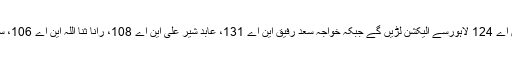
تفصیلات کے مطابق مسلم لیگ ن کی جانب سے حمزہ شہباز کو ٹکٹ جاری کردیا گیا ہے اور وہ این اے 124 لاہورسے الیکشن لڑیں گے جبکہ خواجہ سعد رفیق این اے 131، عابد شیر علی این اے 108، رانا ثنا اللہ این اے 106، سیالکوٹ سے خواجہ آصف این اے 73اور نارووال سے احسن اقبال این اے 78 سے الیکشن لڑیں گے ۔